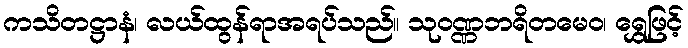
ကသိတဋ္ဌာနံ၊ လယ်ထွန်ရာအရပ်သည်။ သုဝဏ္ဏဘရိတမေဝ၊ ရွှေဖြင့်